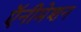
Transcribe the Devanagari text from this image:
ऍनीमेशन